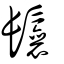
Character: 鬤